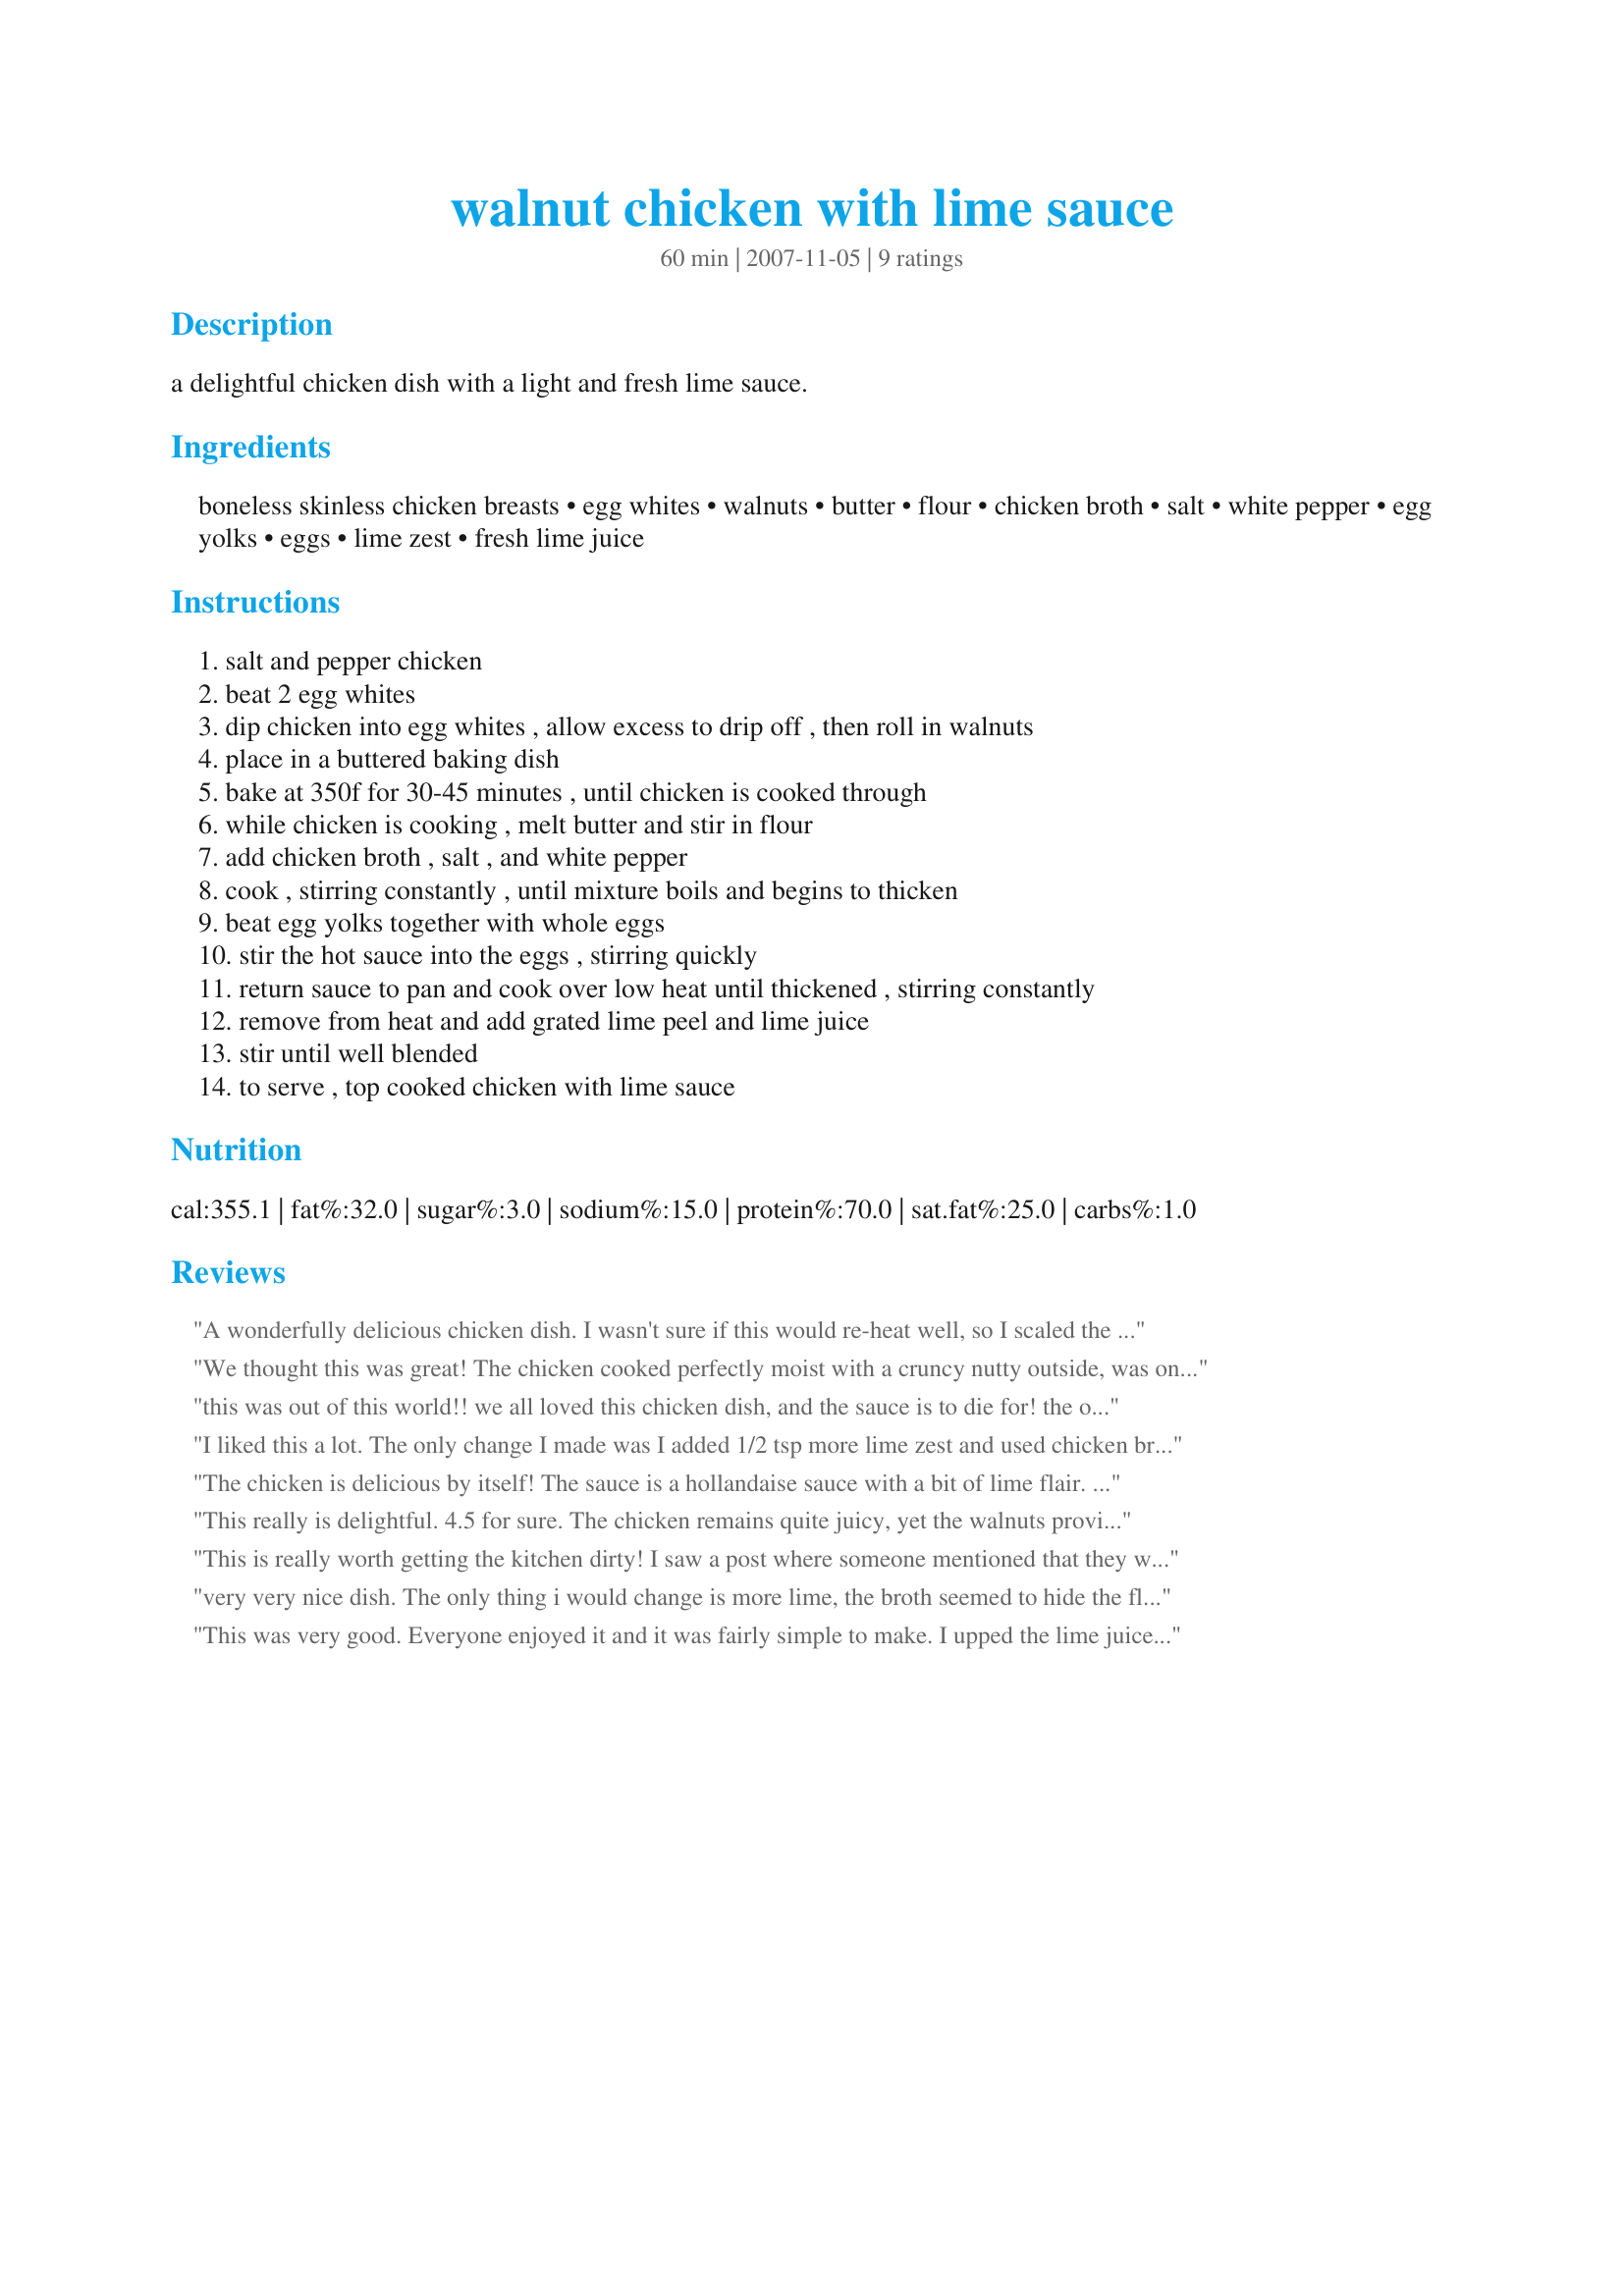
walnut chicken with lime sauce
Preparation time: 60 minutes

a delightful chicken dish with a light and fresh lime sauce.

Ingredients:
boneless skinless chicken breasts, egg whites, walnuts, butter, flour, chicken broth, salt, white pepper, egg yolks, eggs, lime zest, fresh lime juice

Steps:
salt and pepper chicken, beat 2 egg whites, dip chicken into egg whites , allow excess to drip off , then roll in walnuts, place in a buttered baking dish, bake at 350f for 30-45 minutes , until chicken is cooked through, while chicken is cooking , melt butter and stir in flour, add chicken broth , salt , and white pepper, cook , stirring constantly , until mixture boils and begins to thicken, beat egg yolks together with whole eggs, stir the hot sauce into the eggs , stirring quickly, return sauce to pan and cook over low heat until thickened , stirring constantly, remove from heat and add grated lime peel and lime juice, stir until well blended, to serve , top cooked chicken with lime sauce

Reviews:
A wonderfully delicious chicken dish. I wasn't sure if this would re-heat well, so I scaled the dish down to two serves and - since we love citrusy flavours - proportionally increased the quantity of lime zest and lime juice. We SO enjoyed this dish - loved the walnuts - with creamy mashed potatoes and steamed spinach with pine nuts. I look forward to enjoying this again when serving it to guests - the sooner the better! Thanks for sharing this recipe, loof. Made for Zaar Stars Tag.
We thought this was great! The chicken cooked perfectly moist with a cruncy nutty outside, was only made better topped by a creamy delicate lime sauce. I took the suggestion of a few others and added more lime to it and it was just right. You really do have to stir the sauce constantly or little chunks will sneak in. Luckily I had read the reviews of others to avoid this. I may have allowed my sauce to get a tad too thick at the end, but I sorta liked it like that. It looked beautiful as well! I just wanted to add that I prepared the sauce in a double boiler since it was a delicate sauce I didn't want the heat to be too harsh on it, and that worked out really well.
this was out of this world!! we all loved this chicken dish, and the sauce is to die for! the only changes i made were to cut the chicken into thin strips, so i doubled the walnuts (which i seasoned with salt, pepper and garlic powder). as for the sauce, i skipped out on the eggs for dh's sake and i just added some heavy cream in at the end instead. i also doubled the zest and juice per other reviews. this was insanely delicious! we will make this often!!
I liked this a lot. The only change I made was I added 1/2 tsp more lime zest and used chicken breasts and legs. The sauce is flavorful and balanced. And easy to make. The walnuts added a nice crunchy texture against the smoothness of the citrusy lime sauce.Great recipe.
The chicken is delicious by itself! The sauce is a hollandaise sauce with a bit of lime flair. I used pecans instead of walnuts...much easier to find these locally where I live. I didn't serve the sauce over one piece of chicken, so I can slice it and serve over a salad tomorrow for lunch. Great recipe....easy to make and it goes together easily since you make the sauce while the chicken is cooking. Just make sure your eye is cooled down before placing the egg mixture back on the stove....otherwise you'll have a fried egg on the bottom of your sauce....whisk, whisk, whisk! Thanks for sharing!
This really is delightful. 4.5 for sure. The chicken remains quite juicy, yet the walnuts provide a wonderful crunch. (And, frankly, the chicken by itself makes a great meal and/or snack. :-)) The lime sauce is subtle. Very nice. I might use a bit more lime zest next time.

I served it over Recipe #266535 which was a great combination. 

The only caution I would give is that in step 8, I recommend "stirring frequently" or "stirring constantly" until thickened. Mine tried to create soft curds a couple of times, but fortunately I caught them just in time so that enthusiastic whisking got rid of them. 

I recommend this dish strongly.
This is really worth getting the kitchen dirty! I saw a post where someone mentioned that they would use more lime next time, so I used the zest of one lime and the juice from two. The sauce was like a hollandaise but lime instead of lemon. YUMMY! Thanks Loof!
very very nice dish.

The only thing i would change is more lime, the broth seemed to hide the flavor some...just my personal taste.
This was very good. Everyone enjoyed it and it was fairly simple to make. I upped the lime juice and lime zest as well. I am thinking next time to leave out the chicken broth and make it like Hollandaise sauce. Thanks for sharing.
